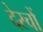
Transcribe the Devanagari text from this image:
देस्चों